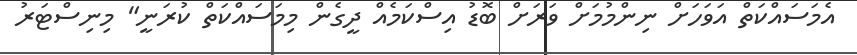
އެމަސައްކަތް އަވަހަށް ނިންމުމަށް ވަރަށް ބޮޑު އިސްކަމެއް ދީގެން މިމަސައްކަތް ކުރަނީ" މިނިސްޓަރު